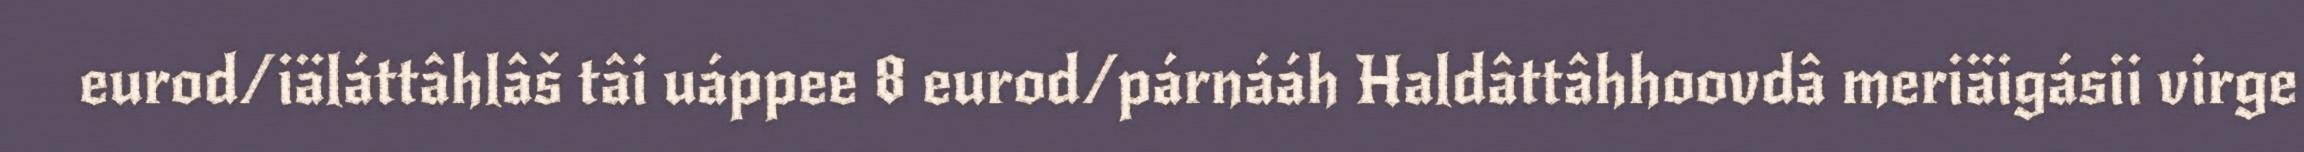
eurod/iäláttâhlâš tâi uáppee 8 eurod/párnááh Haldâttâhhoovdâ meriäigásii virge